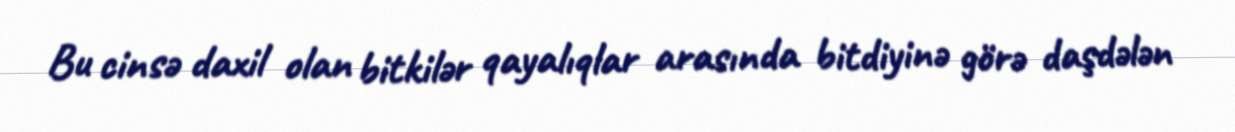
Bu cinsə daxil olan bitkilər qayalıqlar arasında bitdiyinə görə daşdələn